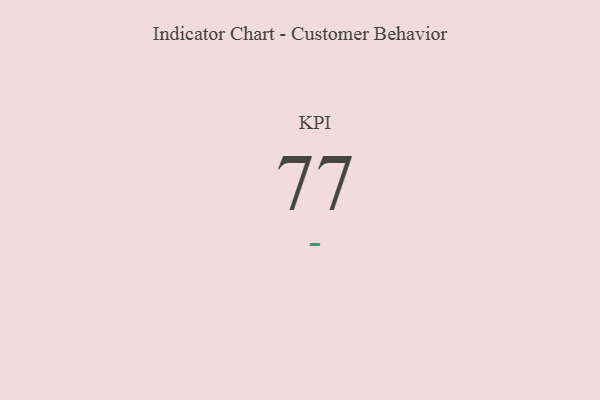
{"axis": {"x": "KPI", "y": "Value"}, "legend": [""], "data": [{"x": "KPI", "y": 77, "type": ""}]}